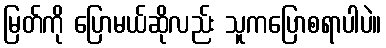
မြတ်ကို ပြောမယ်ဆိုလည်း သူကပြောစရာပါပဲ။